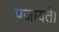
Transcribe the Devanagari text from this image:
प्रजायते।